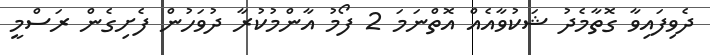
ދެވިފައިވާ ގޮތާމެދު ޝަކުވާއެއް އޮތްނަމަ 2 ފޯމު އާންމުކުރާ ދުވަހުން ފެށިގެން ރަސްމީ